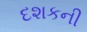
દશકની